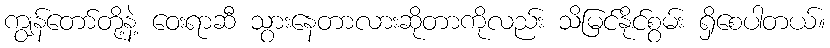
ကျွန်တော်တို့နဲ့ ဝေးရာဆီ သွားနေတာလားဆိုတာကိုလည်း သိမြင်နိုင်စွမ်း ရှိစေပါတယ်။